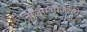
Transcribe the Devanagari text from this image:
नीलाम्भोजरुचे